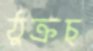
ঠুক্‌রচ্